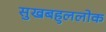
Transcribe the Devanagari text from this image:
सुखबहुललोक